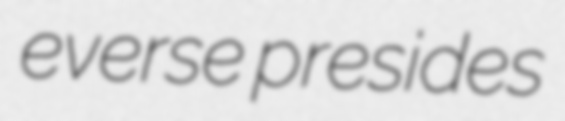
everse presides